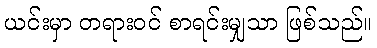
ယင်းမှာ တရားဝင် စာရင်းမျှသာ ဖြစ်သည်။